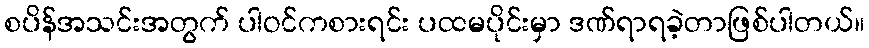
စပိန်အသင်းအတွက် ပါဝင်ကစားရင်း ပထမပိုင်းမှာ ဒဏ်ရာရခဲ့တာဖြစ်ပါတယ်။